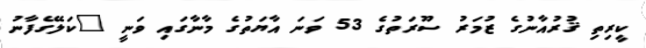
ކީރިތި ޤުރުއާނުގެ ޒުމަރު ސޫރަތުގެ 53 ވަނަ އާޔަތުގެ މާނާގައި ވަނީ "ކަލޭގެފާނު